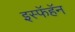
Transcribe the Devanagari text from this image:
इस्फॅहॅन